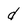
Character: d